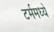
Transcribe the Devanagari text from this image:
टर्ममध्ये